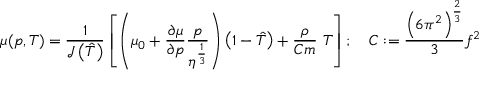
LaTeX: \mu ( p , T ) = { \frac { 1 } { { \mathcal { J } } \left( { \hat { T } } \right) } } \left[ \left( \mu _ { 0 } + { \frac { \partial \mu } { \partial p } } { \frac { p } { \eta ^ { \frac { 1 } { 3 } } } } \right) \left( 1 - { \hat { T } } \right) + { \frac { \rho } { C m } } ~ T \right] ; \quad C : = { \frac { \left( 6 \pi ^ { 2 } \right) ^ { \frac { 2 } { 3 } } } { 3 } } f ^ { 2 }